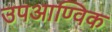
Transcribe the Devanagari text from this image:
उपआण्विक